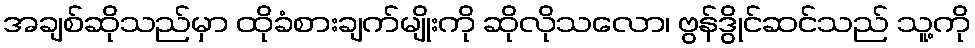
အချစ်ဆိုသည်မှာ ထိုခံစားချက်မျိုးကို ဆိုလိုသလော၊ ဗွန်ဒွိုင်ဆင်သည် သူ့ကို